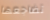
تضاجعها